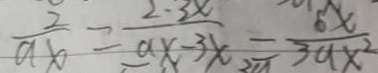
\frac { 2 } { a x } = \frac { 2 - 3 x } { a x - 3 x } = \frac { 6 x } { 3 a x ^ { 2 } }